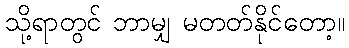
သို့ရာတွင် ဘာမျှ မတတ်နိုင်တော့။